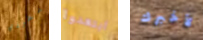
بطردي ابتعدوا لأخبرك